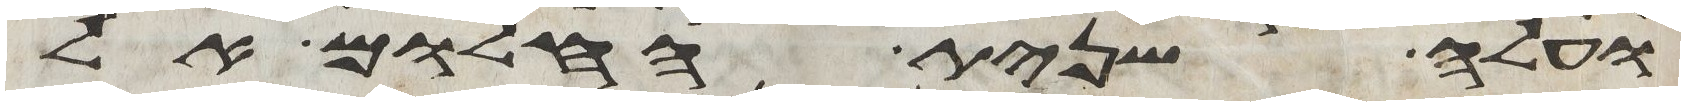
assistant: ועלה שנית החלום אל